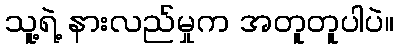
သူ့ရဲ့ နားလည်မှုက အတူတူပါပဲ။